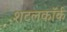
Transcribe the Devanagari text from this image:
शटलकॉर्क